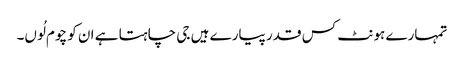
تمہارے ہونٹ کس قدر پیارے ہیں جی چاہتا ہے ان کو چوم لُوں۔